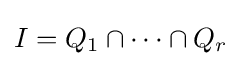
I=Q_{1}\cap \cdots \cap Q_{r}